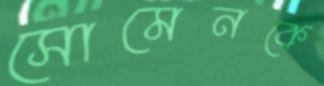
সোমেনকে